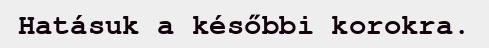
Hatásuk a későbbi korokra.